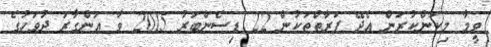
ވީމާ މިކަންކުރަން އެދޭ ފަރާތްތަކުން 22 ޑިސެންބަރު 2015 ވާ އަންގާރަ ދުވަހުގެ